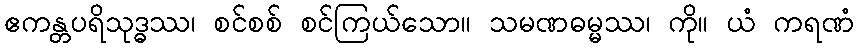
ဧကန္တပရိသုဒ္ဓဿ၊ စင်စစ် စင်ကြယ်သော။ သမဏဓမ္မဿ၊ ကို။ ယံ ကရဏံ